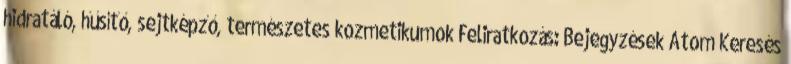
hidratáló, hűsítő, sejtképző, természetes kozmetikumok Feliratkozás: Bejegyzések Atom Keresés